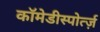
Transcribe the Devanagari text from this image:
कॉमेडीस्पोर्त्ज़